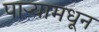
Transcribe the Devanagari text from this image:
पाऱ्यामधून